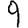
Digit: 9